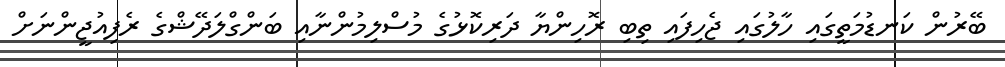
ބޭރުން ކަނޑުމަތީގައި ހާލުގައި ޖެހިފައި ތިބި ރޮހިންޔާ ދަރިކޮޅުގެ މުސްލިމުންނާއި ބަންގްލަދޭޝްގެ ރެފިއުޖީންނަށް